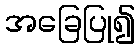
အခြေပြု၍